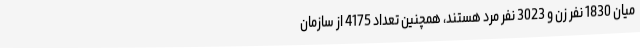
میان 1830 نفر زن و 3023 نفر مرد هستند، همچنین تعداد 4175 از سازمان